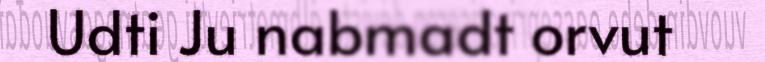
Udti Ju nabmadt orvut